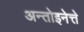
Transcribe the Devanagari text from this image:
अन्तोइनेत्ते